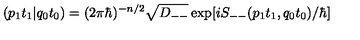
( p _ { 1 } t _ { 1 } \vert q _ { 0 } t _ { 0 } ) = ( 2 \pi \hbar ) ^ { - n / 2 } \sqrt { D _ { -- } } \exp [ i S _ { -- } ( p _ { 1 } t _ { 1 } , q _ { 0 } t _ { 0 } ) / \hbar ]